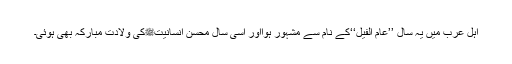
اہل عرب میں یہ سال ’’عام الفیل‘‘کے نام سے مشہور ہوااور اسی سال محسن انسانیتﷺکی ولادت مبارکہ بھی ہوئی۔